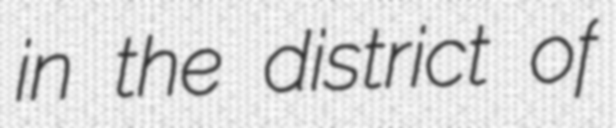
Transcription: in the district of